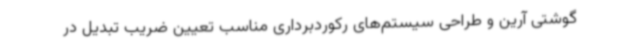
گوشتی آرین و طراحی سیستم‌های رکوردبرداری مناسب تعیین ضریب تبدیل در